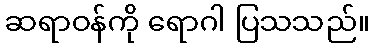
ဆရာဝန်ကို ရောဂါ ပြသသည်။